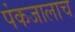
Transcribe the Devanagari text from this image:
पंकजालाच